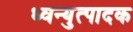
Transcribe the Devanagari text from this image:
ध्वन्युत्पादक